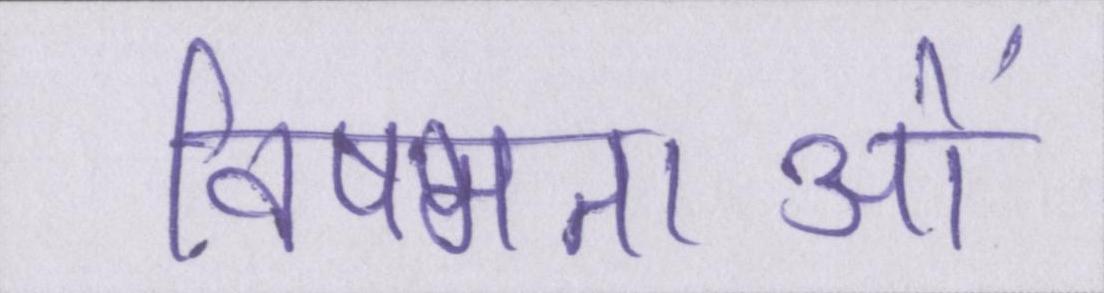
विषमताओं